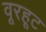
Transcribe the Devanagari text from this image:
वूरहूट